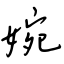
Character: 婉